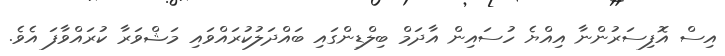
އިސް އޮފިސަރުންނާ އިއްޔެ ހުސައިން އާދަމް ބިލްޑިންގައި ބައްދަލުކުރައްވައި މަޝްވަރާ ކުރައްވާފަ އެވެ.